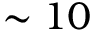
\sim 1 0